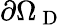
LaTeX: \partial\Omega_{\mathrm{~D~}}